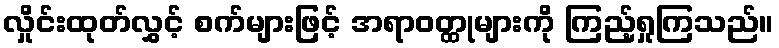
လှိုင်းထုတ်လွှင့် စက်များဖြင့် အရာဝတ္ထုများကို ကြည့်ရှုကြသည်။